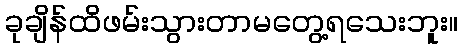
ခုချိန်ထိဖမ်းသွားတာမတွေ့ရသေးဘူး။